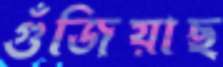
গুঁজিয়াছ